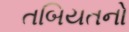
તબિયતનો